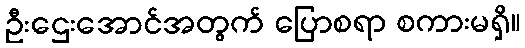
ဦးဌေးအောင်အတွက် ပြောစရာ စကားမရှိ။